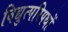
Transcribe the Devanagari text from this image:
विद्युत्परिपथों